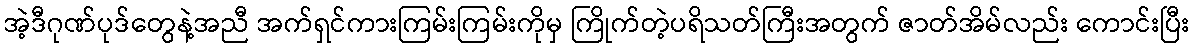
အဲ့ဒီဂုဏ်ပုဒ်တွေနဲ့အညီ အက်ရှင်ကားကြမ်းကြမ်းကိုမှ ကြိုက်တဲ့ပရိသတ်ကြီးအတွက် ဇာတ်အိမ်လည်း ကောင်းပြီး